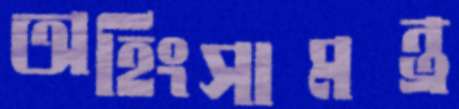
অহিংসামন্ত্র